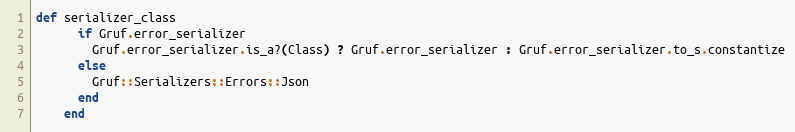
Language: Ruby
def serializer_class
      if Gruf.error_serializer
        Gruf.error_serializer.is_a?(Class) ? Gruf.error_serializer : Gruf.error_serializer.to_s.constantize
      else
        Gruf::Serializers::Errors::Json
      end
    end